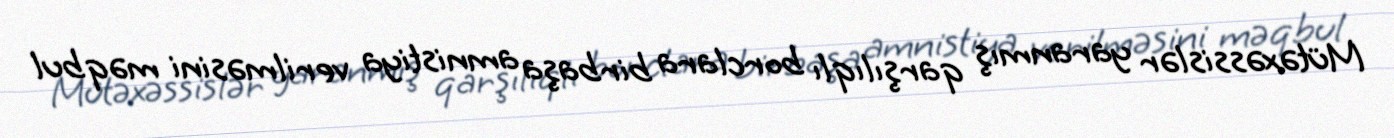
Mütəxəssislər yaranmış qarşılıqlı borclara birbaşa amnistiya verilməsini məqbul